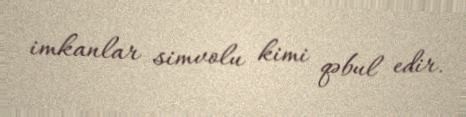
imkanlar simvolu kimi qəbul edir.